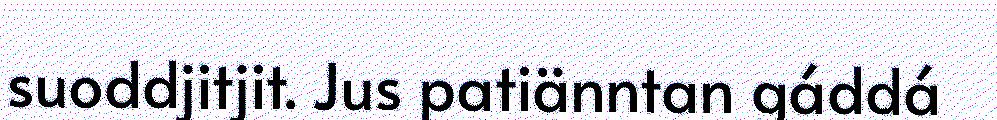
suoddjitjit. Jus patiänntan gáddá